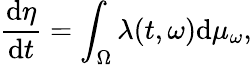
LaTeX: \frac{\mathrm{d}\eta}{\mathrm{d}t}=\int_{\Omega}\lambda(t,\omega)\mathrm{d}\mu_{\omega},